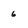
Character: 6